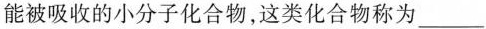
能被吸收的小分子化合物，这类化合物称为___